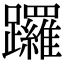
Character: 𨇽